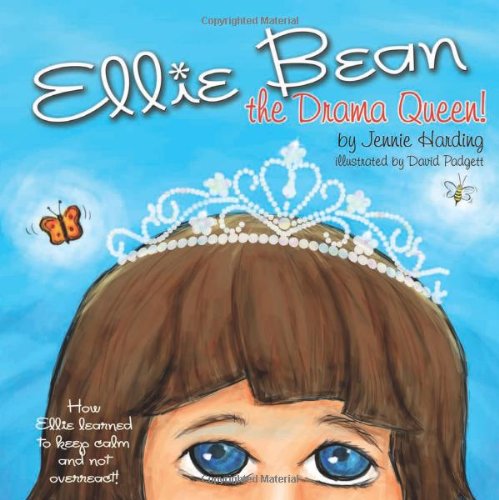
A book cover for Ellie Bean the Drama Queen: A Children's Book about Sensory Processing Disorder; Jennie Harding; Health, Fitness & Dieting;